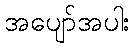
အပျော်အပါး